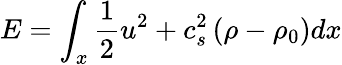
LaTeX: E=\int_{x}\frac{1}{2}u^{2}+c_{s}^{2}\left(\rho-\rho_{0}\right)dx